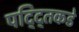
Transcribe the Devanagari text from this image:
पद्द्तिकडे